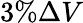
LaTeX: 3\% \Delta V